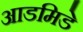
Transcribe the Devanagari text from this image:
आडमिडे